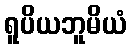
ရူပိယဘူမိယံ